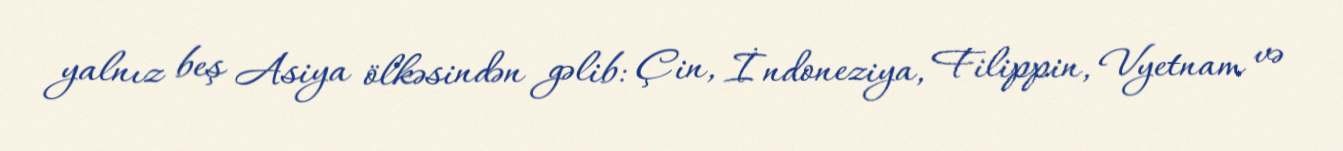
yalnız beş Asiya ölkəsindən gəlib: Çin, İndoneziya, Filippin, Vyetnam və